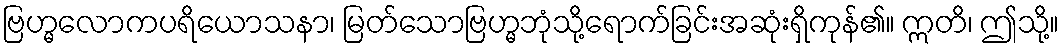
ဗြဟ္မလောကပရိယောသနာ၊ မြတ်သောဗြဟ္မဘုံသို့ရောက်ခြင်းအဆုံးရှိကုန်၏။ ဣတိ၊ ဤသို့။